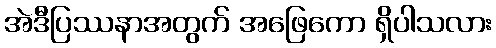
အဲဒီပြဿနာအတွက် အဖြေကော ရှိပါသလား